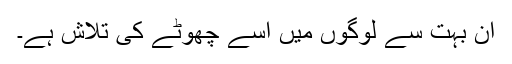
ان بہت سے لوگوں میں اسے چھوٹے کی تلاش ہے۔